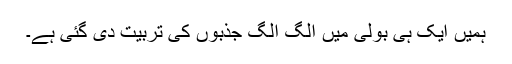
ہمیں ایک ہی بولی میں الگ الگ جذبوں کی تربیت دی گئی ہے۔